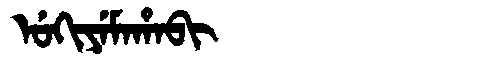
Manchu: ᡠᡴᡳᠶᡝᠮᠠᡥᠠᠪᡳ
Romanization: UKIYEMAHABI